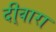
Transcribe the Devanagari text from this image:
दी्वारा